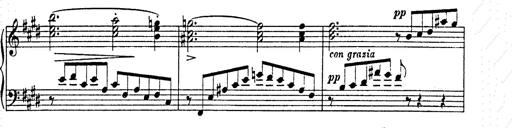
Title: AnnÃ©es de pÃ¨lerinage II
Composer: Franz Liszt